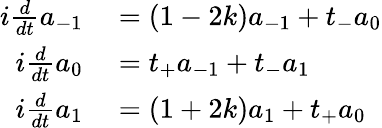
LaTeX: \begin{array}{rl}{i\frac{d}{dt}a_{-1}}&{{}=(1-2k)a_{-1}+t_{-}a_{0}}\\ {i\frac{d}{dt}a_{0}}&{{}=t_{+}a_{-1}+t_{-}a_{1}}\\ {i\frac{d}{dt}a_{1}}&{{}=(1+2k)a_{1}+t_{+}a_{0}}\end{array}